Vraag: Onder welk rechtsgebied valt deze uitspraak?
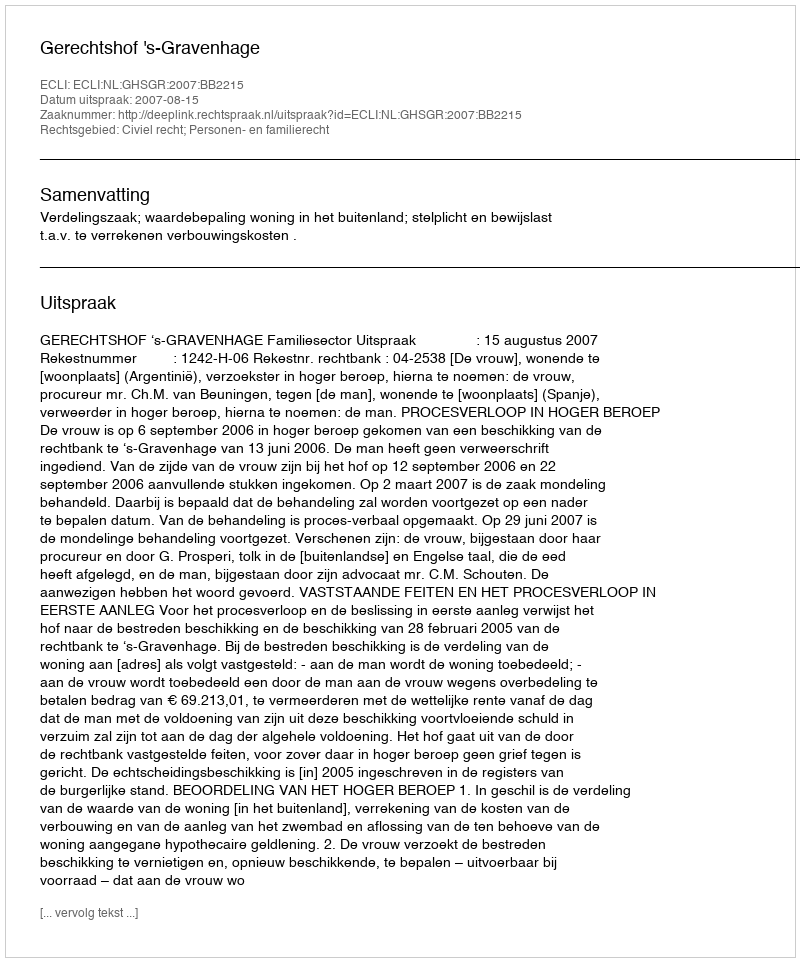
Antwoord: Civiel recht; Personen- en familierecht